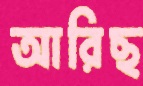
আরিছ